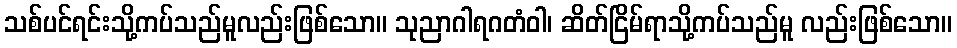
သစ်ပင်ရင်းသို့ကပ်သည်မူလည်းဖြစ်သော။ သုညာဂါရဂတံဝါ၊ ဆိတ်ငြိမ်ရာသို့ကပ်သည်မူ လည်းဖြစ်သော။